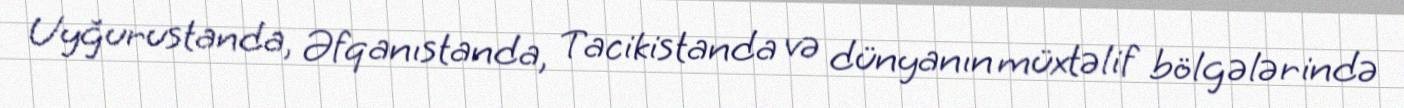
Uyğurustanda, Əfqanıstanda, Tacikistanda və dünyanın müxtəlif bölgələrində